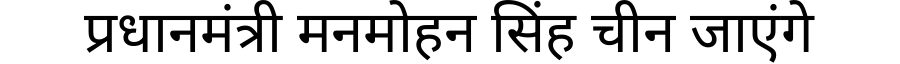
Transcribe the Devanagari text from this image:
प्रधानमंत्री मनमोहन सिंह चीन जाएंगे